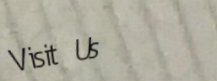
Visit Us